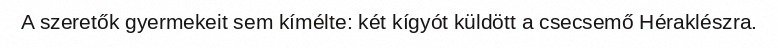
A szeretők gyermekeit sem kímélte: két kígyót küldött a csecsemő Héraklészra.